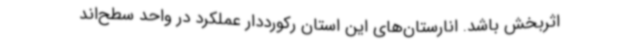
اثربخش باشد. انارستان‌های این استان رکورددار عملکرد در واحد سطح‌اند